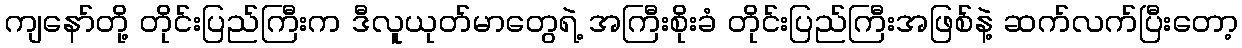
ကျနော်တို့ တိုင်းပြည်ကြီးက ဒီလူယုတ်မာတွေရဲ့ အကြီးစိုးခံ တိုင်းပြည်ကြီးအဖြစ်နဲ့ ဆက်လက်ပြီးတော့